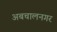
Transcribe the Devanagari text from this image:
अबचालनगर